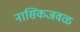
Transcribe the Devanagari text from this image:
नासिकजवळ